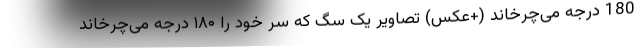
180 درجه می‌چرخاند (+عکس) تصاویر یک سگ که سر خود را ۱۸۰ درجه می‌چرخاند